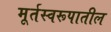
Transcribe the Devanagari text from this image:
मूर्तस्वरूपातील